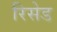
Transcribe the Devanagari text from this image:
रिसेड